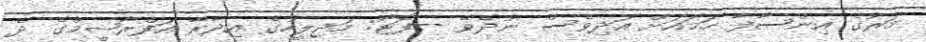
މަރުގެ އިންސާފާ ހަމައަށް އަދިވެސް ނުދެވޭ --ފޮޓޯ: މަޖިލީހުގެ އިދާރާ އަފްރާޝީމްގެ ދެ